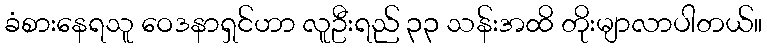
ခံစားနေရသူ ဝေဒနာရှင်ဟာ လူဦးရည် ၃၃ သန်းအထိ တိုးမျာလာပါတယ်။